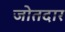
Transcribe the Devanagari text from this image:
जोतदार